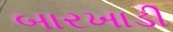
બારખાડી